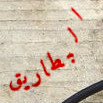
البطاريق